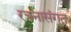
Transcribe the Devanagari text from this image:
रचनासंगत